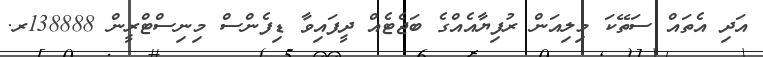
އަދި އެތައް ސަތޭކަ މިލިއަން ރުފިޔާއެއްގެ ބަޖެޓެއް ދީފައިވާ ޑިފެންސް މިނިސްޓްރީން 138888ރ.